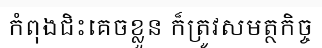
កំពុងជិះគេចខ្លួន ក៏ត្រូវសមត្ថកិច្ច